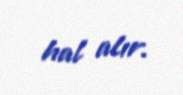
hal alır.